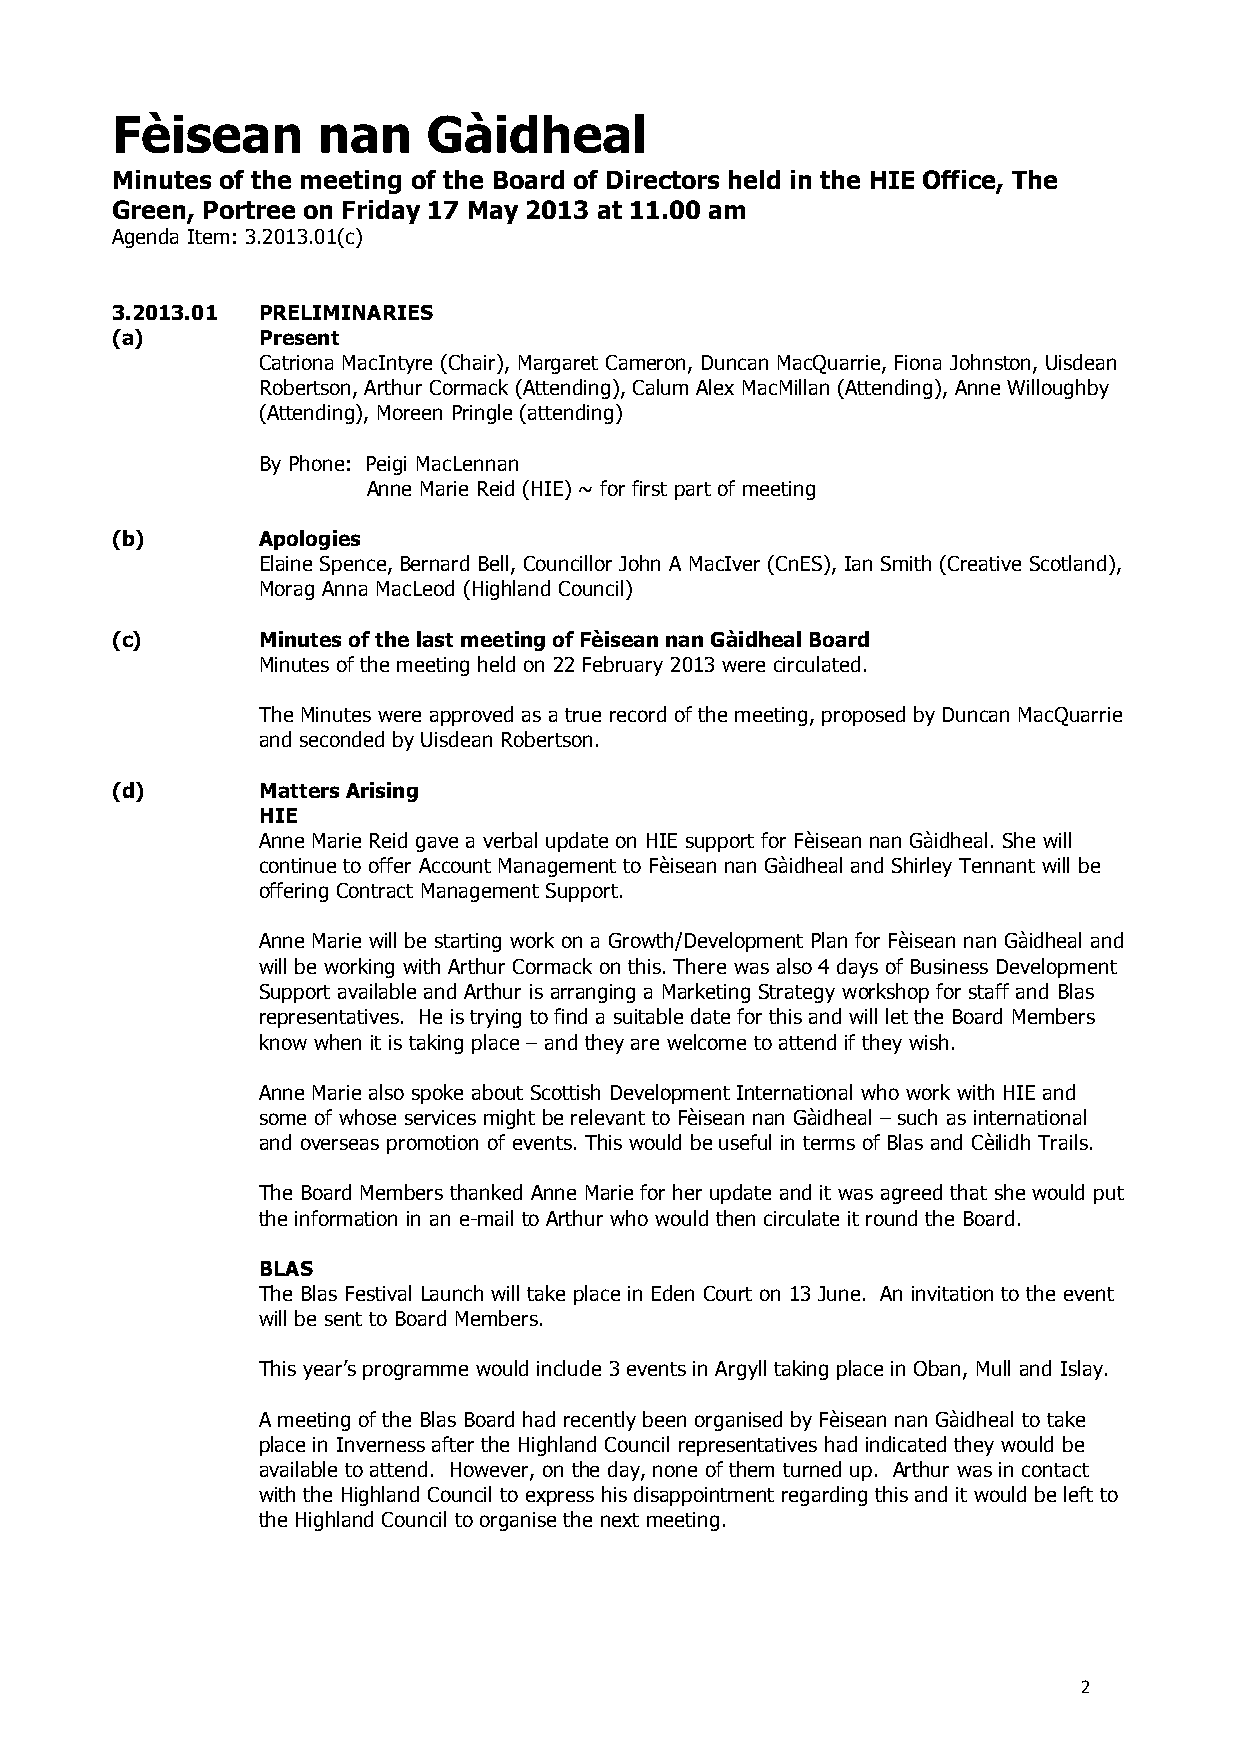
Fèisean       nan    Gàidheal
 Minutes of the meeting of the Board of Directors held in the HIE Office, The
 Green, Portree on Friday 17 May 2013 at 11.00 am
 Agenda Item: 3.2013.01(c)
 3.2013.01 PRELIMINARIES
 (a)       Present
 Catriona MacIntyre (Chair), Margaret Cameron, Duncan MacQuarrie, Fiona Johnston, Uisdean
 Robertson, Arthur Cormack (Attending), Calum Alex MacMillan (Attending), Anne Willoughby
 (Attending), Moreen Pringle (attending)
 By Phone: Peigi MacLennan
 Anne Marie Reid (HIE) ~ for first part of meeting
 (b)       Apologies
 Elaine Spence, Bernard Bell, Councillor John A MacIver (CnES), Ian Smith (Creative Scotland),
 Morag Anna MacLeod (Highland Council)
 (c)       Minutes of the last meeting of Fèisean nan Gàidheal Board
 Minutes of the meeting held on 22 February 2013 were circulated.
 The Minutes were approved as a true record of the meeting, proposed by Duncan MacQuarrie
 and seconded by Uisdean Robertson.
 (d)       Matters Arising
 HIE
 Anne Marie Reid gave a verbal update on HIE support for Fèisean nan Gàidheal. She will
 continue to offer Account Management to Fèisean nan Gàidheal and Shirley Tennant will be
 offering Contract Management Support.
 Anne Marie will be starting work on a Growth/Development Plan for Fèisean nan Gàidheal and
 will be working with Arthur Cormack on this. There was also 4 days of Business Development
 Support available and Arthur is arranging a Marketing Strategy workshop for staff and Blas
 representatives. He is trying to find a suitable date for this and will let the Board Members
 know when it is taking place – and they are welcome to attend if they wish.
 Anne Marie also spoke about Scottish Development International who work with HIE and
 some of whose services might be relevant to Fèisean nan Gàidheal – such as international
 and overseas promotion of events. This would be useful in terms of Blas and Cèilidh Trails.
 The Board Members thanked Anne Marie for her update and it was agreed that she would put
 the information in an e-mail to Arthur who would then circulate it round the Board.
 BLAS
 The Blas Festival Launch will take place in Eden Court on 13 June. An invitation to the event
 will be sent to Board Members.
 This year’s programme would include 3 events in Argyll taking place in Oban, Mull and Islay.
 A meeting of the Blas Board had recently been organised by Fèisean nan Gàidheal to take
 place in Inverness after the Highland Council representatives had indicated they would be
 available to attend. However, on the day, none of them turned up. Arthur was in contact
 with the Highland Council to express his disappointment regarding this and it would be left to
 the Highland Council to organise the next meeting.
 2